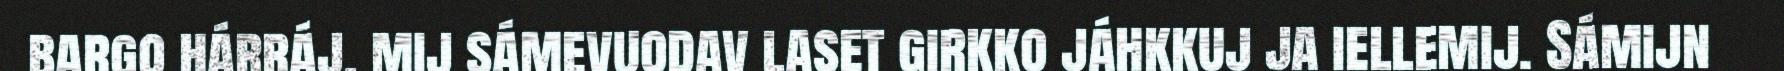
bargo hárráj, mij sámevuodav laset girkko jáhkkuj ja iellemij. Sámijn